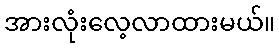
အားလုံးလေ့လာထားမယ်။